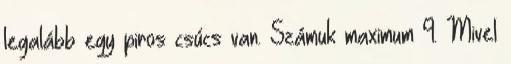
legalább egy piros csúcs van. Számuk maximum 9. Mivel